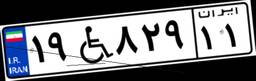
۱۹W۸۲۹۱۱